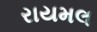
રાયમલ